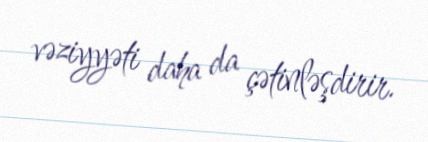
vəziyyəti daha da çətinləşdirir.